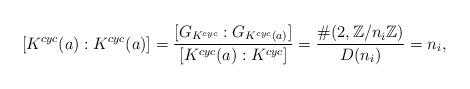
LaTeX: \begin{align*}[K^{cyc}(a):K^{cyc}(a)]=\frac{[G_{K^{cyc}}:G_{K^{cyc}(a)}]}{[K^{cyc}(a):K^{cyc}]}=\frac{\#(2,\mathbb{Z}/n_{i}\mathbb{Z})}{D(n_{i})}=n_{i},\end{align*}